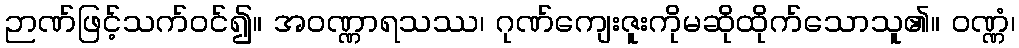
ဉာဏ်ဖြင့်သက်ဝင်၍။ အဝဏ္ဏာရသဿ၊ ဂုဏ်ကျေးဇူးကိုမဆိုထိုက်သောသူ၏။ ဝဏ္ဏံ၊